Civil Veterinary Department Bihar reports 1940-50 - 1940-1950
Year: 1940
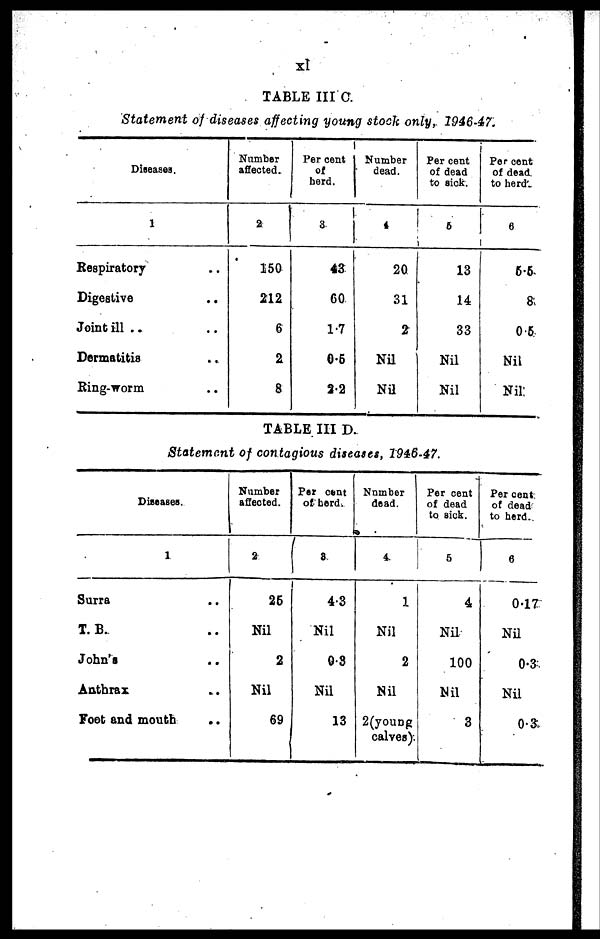
xl
TABLE III C.
Statement of diseases affecting young stock only, 1946-47.
Diseases.
1
Respiratory ..
Digestive ..
Joint ill .. ..
Dermatitis ..
Ring-worm ..
Number
affected.
2
150
212
6
2
8
Per cent
of
herd.
3
43
60
1.7
0.5
2.2
Number
dead.
4
20
31
2
Nil
Nil
Per cent
of dead
to sick.
5
13
14
33
Nil
Nil
Per cent
of dead.
to herd.
6
5.5
8
0.5
Nil
Nil
TABLE III D.
Statement of contagious diseases, 1946-47.
Diseases.
1
Surra ..
T. B. ..
John's ..
Anthrax ..
Foot and mouth
Number
affected.
2
26
Nil
2
Nil
69
Per cent
of herd.
3
4.3
Nil
0.3
Nil
13
Number
dead.
4
1
Nil
2
Nil
2(young
calves).
Per cent
of dead
to sick.
5
4
Nil
100
Nil
3
Per cent
of dead
to herd.
6
0.17
Nil
0.3
Nil
0.3